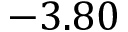
- 3 . 8 0